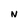
Character: N